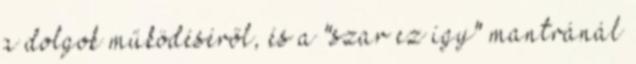
a dolgok működéséről, és a "szar ez így" mantránál